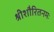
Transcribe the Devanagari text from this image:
श्रीशौरितनमः